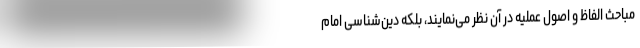
مباحث الفاظ و اصول عملیه در آن نظر می‌نمایند، بلکه دین‌شناسی امام